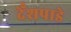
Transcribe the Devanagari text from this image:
देँशपाडे